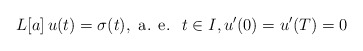
\begin{align*}L[a]\,u(t)=\sigma(t),\mbox{ a. e. }\;t\in I,u^\prime(0)=u^\prime(T)=0\end{align*}